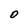
Character: O